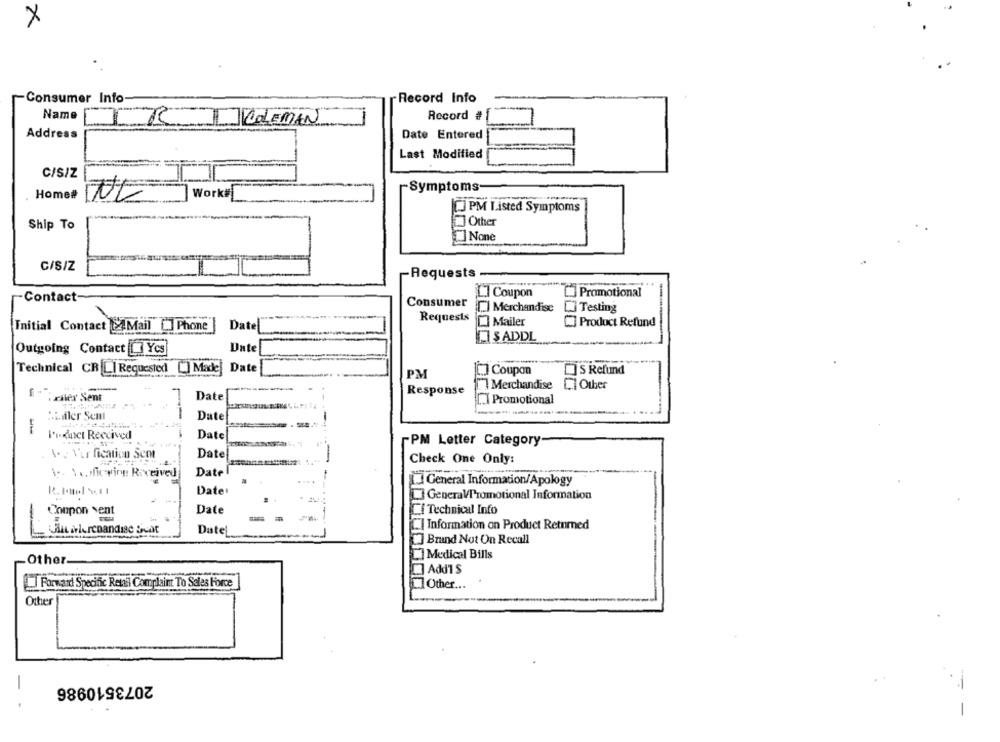
-Consumer Info
Record Info
Record #
Name
COLEMAN
Address
Date Entered
Last Modified
C/S/Z
Symptoms
Home#
NC
Work
[] PM Listed Symptoms
] Other
Ship To
C/S/Z
Requests
L] Coupon
Promotional
Contact-
Consumer
C Merchandise
Testing
Requests
O Mailer
C] Product Refund
Initial Contact Mail [] Phone
Datel
SADDL
Date
Outgoing Contact [] Ycs
Technical CR[LI Requested [] Made] Date
[.] Coupon
]S Refund
PM
Merchandise CI Other
CI Other
Response
after Sent
Date
I.J Promotional
Hitler Sem
--
Date
-
Product Received
Date
PM Letter Category
A. V'ur fication Scot
Date
Check One Only:
1 .. Vouficwine Received
Date
L. General Information/Apology
Date:
GeneraVPromotional Information
Date
--
Li Technical Info
Conpon vent
Information on Product Retnmed
att arlerenandise Beat
Date
Brund Not On Recall
Medical Bills
Other
Add1 $
Forward Specific Retali Complaint To Sales Force
Other ...
Other
2073510986
-